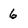
Character: 6